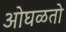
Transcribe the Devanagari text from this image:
ओघळतो